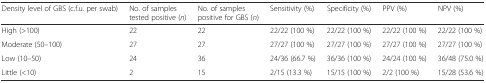
<table><thead><tr><td><b>Density level of GBS (c.f.u. per swab)</b></td><td><b>No. of samples tested positive (<i>n</i>)</b></td><td><b>No. of samples positive for GBS (<i>n</i>)</b></td><td><b>Sensitivity (%)</b></td><td><b>Specificity (%)</b></td><td><b>PPV (%)</b></td><td><b>NPV (%)</b></td></tr></thead><tbody><tr><td>High (&gt;100)</td><td>22</td><td>22</td><td>22/22 (100 %)</td><td>22/22 (100 %)</td><td>22/22 (100 %)</td><td>22/22 (100 %)</td></tr><tr><td>Moderate (50–100)</td><td>27</td><td>27</td><td>27/27 (100 %)</td><td>27/27 (100 %)</td><td>27/27 (100 %)</td><td>27/27 (100 %)</td></tr><tr><td>Low (10–50)</td><td>24</td><td>36</td><td>24/36 (66.7 %)</td><td>36/36 (100 %)</td><td>24/24 (100 %)</td><td>36/48 (75.0 %)</td></tr><tr><td>Little (&lt;10)</td><td>2</td><td>15</td><td>2/15 (13.3 %)</td><td>15/15 (100 %)</td><td>2/2 (100 %)</td><td>15/28 (53.6 %)</td></tr></tbody></table>